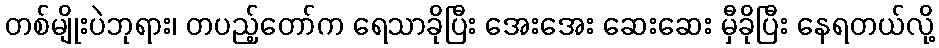
တစ်မျိုးပဲဘုရား၊ တပည့်တော်က ရေသာခိုပြီး အေးအေး ဆေးဆေး မှီခိုပြီး နေရတယ်လို့